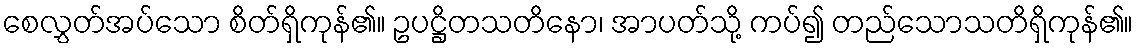
စေလွှတ်အပ်သော စိတ်ရှိကုန်၏။ ဥပဋ္ဌိတသတိနော၊ အာပတ်သို့ ကပ်၍ တည်သောသတိရှိကုန်၏။